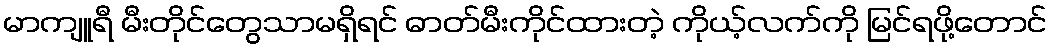
မာကျူရီ မီးတိုင်တွေသာမရှိရင် ဓာတ်မီးကိုင်ထားတဲ့ ကိုယ့်လက်ကို မြင်ရဖို့တောင်